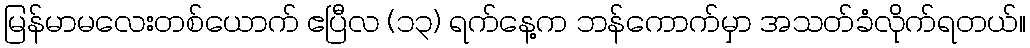
မြန်မာမလေးတစ်ယောက် ဧပြီလ (၁၃) ရက်နေ့က ဘန်ကောက်မှာ အသတ်ခံလိုက်ရတယ်။